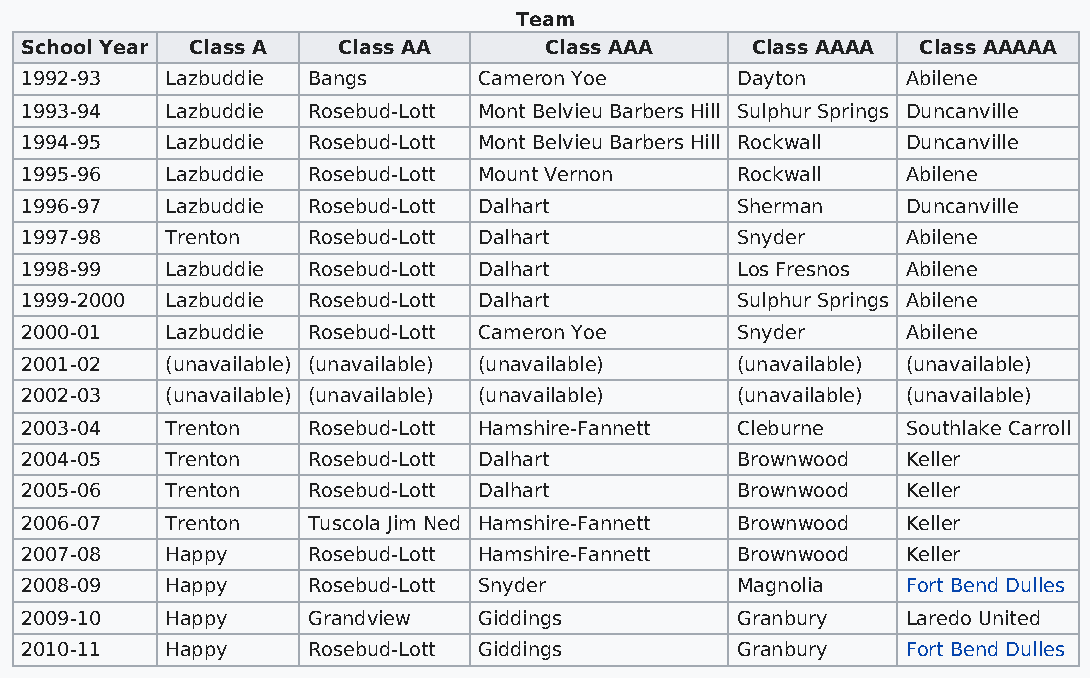
Team
 School Year Class A  Class AA      Class AAA     Class AAAA Class AAAAA
 1992-93   Lazbuddie Bangs      Cameron Yoe      Dayton     Abilene
 1993-94   Lazbuddie Rosebud-Lott Mont Belvieu Barbers Hill Sulphur Springs Duncanville
 1994-95   Lazbuddie Rosebud-Lott Mont Belvieu Barbers Hill Rockwall Duncanville
 1995-96   Lazbuddie Rosebud-Lott Mount Vernon   Rockwall   Abilene
 1996-97   Lazbuddie Rosebud-Lott Dalhart        Sherman    Duncanville
 1997-98   Trenton  Rosebud-Lott Dalhart         Snyder     Abilene
 1998-99   Lazbuddie Rosebud-Lott Dalhart        Los Fresnos Abilene
 1999-2000 Lazbuddie Rosebud-Lott Dalhart        Sulphur Springs Abilene
 2000-01   Lazbuddie Rosebud-Lott Cameron Yoe    Snyder     Abilene
 2001-02   (unavailable) (unavailable) (unavailable) (unavailable) (unavailable)
 2002-03   (unavailable) (unavailable) (unavailable) (unavailable) (unavailable)
 2003-04   Trenton  Rosebud-Lott Hamshire-Fannett Cleburne  Southlake Carroll
 2004-05   Trenton  Rosebud-Lott Dalhart         Brownwood  Keller
 2005-06   Trenton  Rosebud-Lott Dalhart         Brownwood  Keller
 2006-07   Trenton  Tuscola Jim Ned Hamshire-Fannett Brownwood Keller
 2007-08   Happy    Rosebud-Lott Hamshire-Fannett Brownwood Keller
 2008-09   Happy    Rosebud-Lott Snyder          Magnolia   Fort Bend Dulles
 2009-10   Happy    Grandview   Giddings         Granbury   Laredo United
 2010-11   Happy    Rosebud-Lott Giddings        Granbury   Fort Bend Dulles